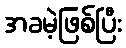
အခမဲ့ဖြစ်ပြီး